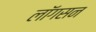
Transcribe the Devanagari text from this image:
लॉगसन